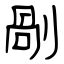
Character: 剮